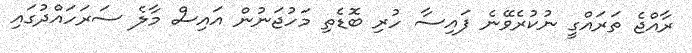
ރާއްޖެ ތަރައްގީ ނުކުރެވޭނެ ފައިސާ ހުރި ބޮޑެތި މަހުޖަނުން އައިސް މާލެ ސަރަހައްދުގައި